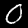
Label: 0